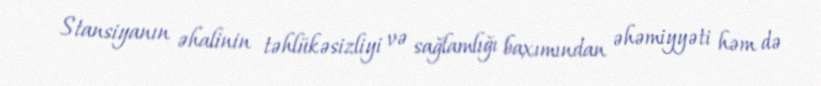
Stansiyanın əhalinin təhlükəsizliyi və sağlamlığı baxımından əhəmiyyəti həm də